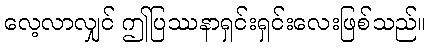
လေ့လာလျှင် ဤပြဿနာရှင်းရှင်းလေးဖြစ်သည်။